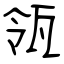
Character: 瓴